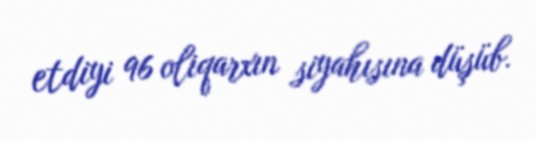
etdiyi 96 oliqarxın siyahısına düşüb.